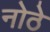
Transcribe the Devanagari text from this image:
नोठे